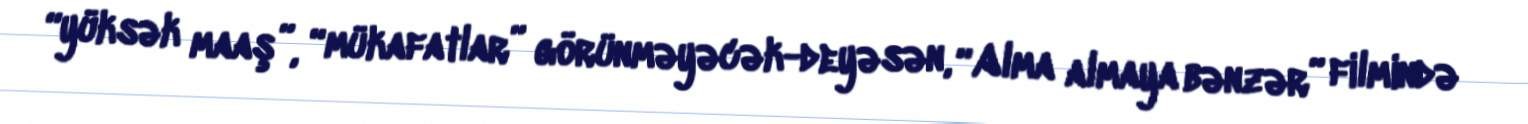
“yüksək maaş”, “mükafatlar” görünməyəcək-deyəsən, “Alma almaya bənzər” filmində